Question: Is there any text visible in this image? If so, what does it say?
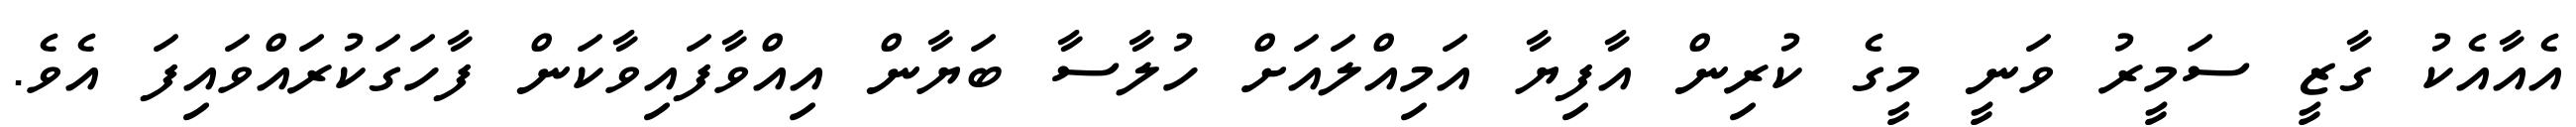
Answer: އެއާއެކު ގާޒީ ސަމީރު ވަނީ މީގެ ކުރިން އާފިޔާ އަމިއްލައަށް ހުލާސާ ބަޔާން އިއްވާފައިވާކަން ފާހަގަކުރައްވައިފަ އެވެ.